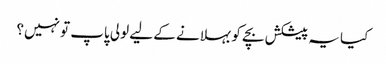
کیا یہ پیشکش بچے کو بہلانے کے لیے لولی پاپ تو نہیں؟